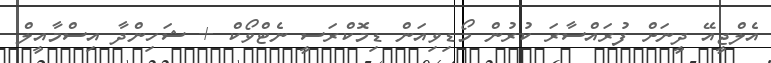
އެލްޖީއޭ ދީނަށް ފުރައްސާރަ ކުރުން މޯޑިވިއަން ޑިމޮކްރަސީ ނެޓްވޯކް + ޝަހިންދާ އިސްމާއީލް